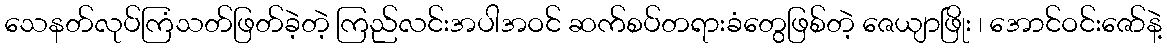
သေနတ်လုပ်ကြံသတ်ဖြတ်ခဲ့တဲ့ ကြည်လင်းအပါအဝင် ဆက်စပ်တရားခံတွေဖြစ်တဲ့ ဇေယျာဖြိုး ၊ အောင်ဝင်းဇော်နဲ့